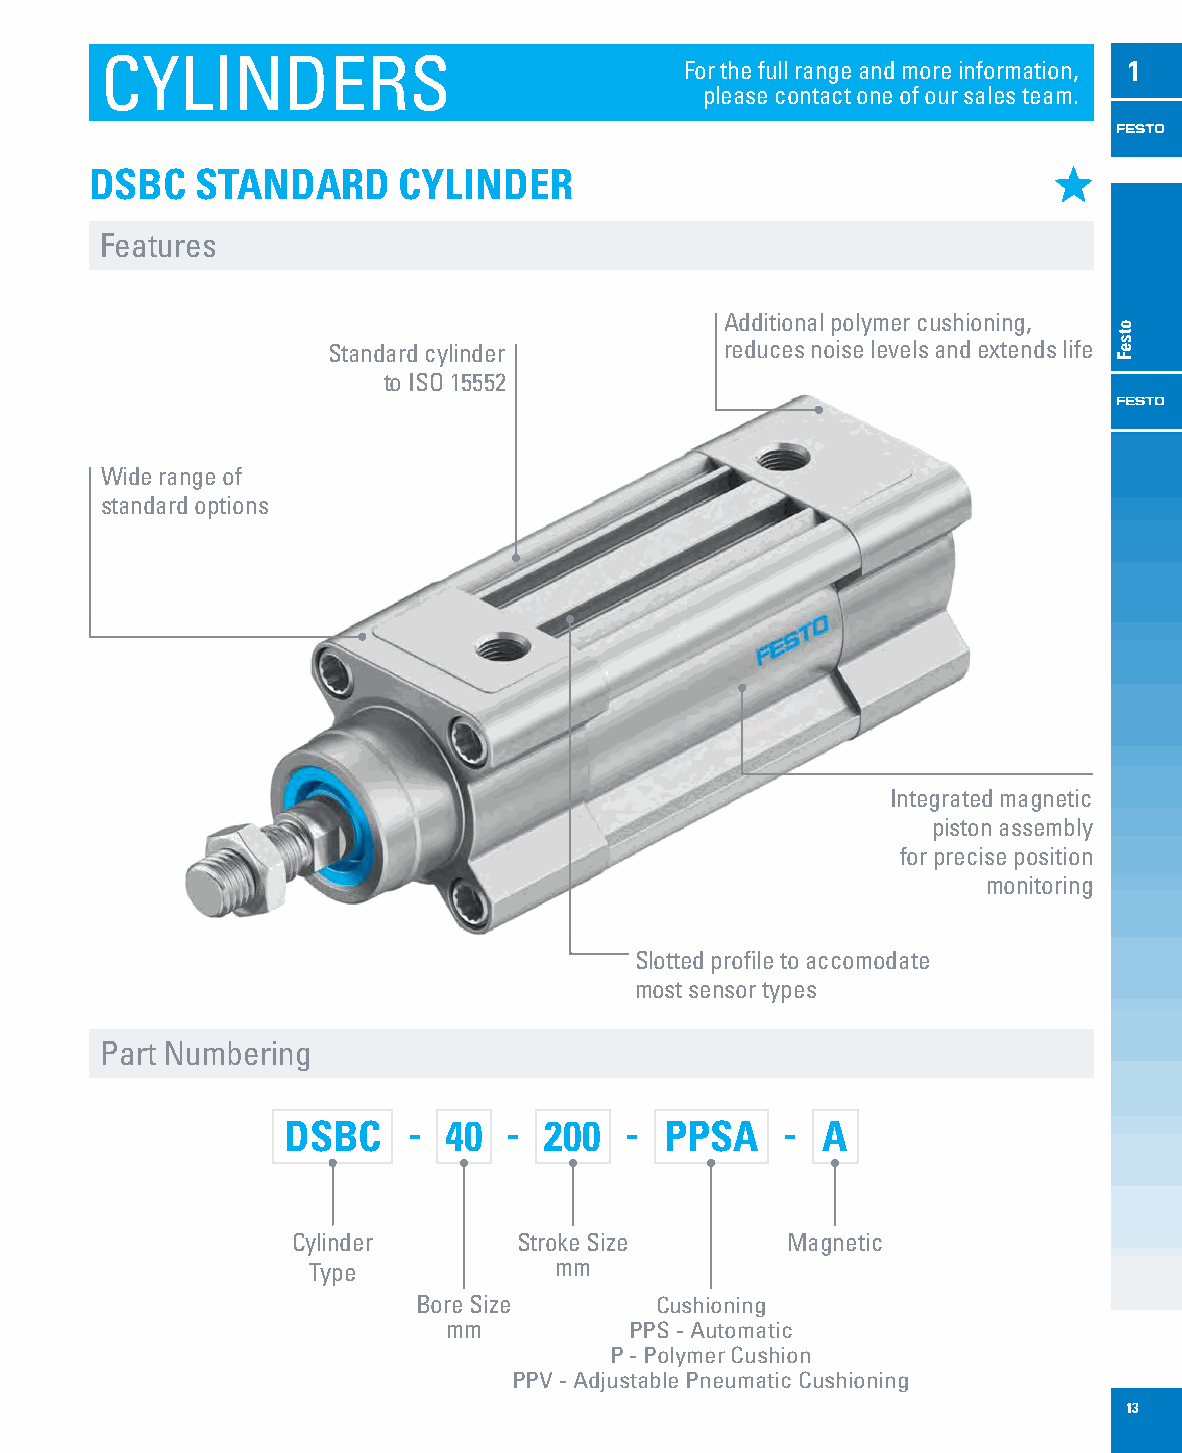
CYLINDERS                             For the full range and more information, 1
 please contact one of our sales team.
 DSBC   STANDARD     CYLINDER
 Features
 Additional polymer cushioning,
 Standard cylinder         reduces noise levels and extends life
 to ISO 15552
 Wide range of
 standard options
 Integrated magnetic
 piston assembly
 for precise position
 monitoring
 Slotted profile to accomodate
 most sensor types
 Part Numbering
 DSBC    - 40   - 200  -  PPSA    - A
 Cylinder       Stroke Size       Magnetic
 Type             mm
 Bore Size      Cushioning
 mm          PPS - Automatic
 P - Polymer Cushion
 PPV - Adjustable Pneumatic Cushioning
 13
 otseF